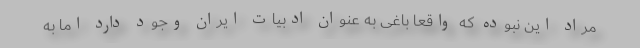
مراد این نبوده که واقعا باغی به عنوان ادبیات ایران وجود دارد اما به